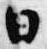
日